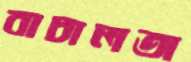
বাচালতা